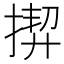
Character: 𢰟